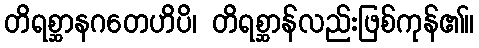
တိရစ္ဆာနဂတေဟိပိ၊ တိရစ္ဆာန်လည်းဖြစ်ကုန်၏။